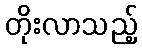
တိုးလာသည့်